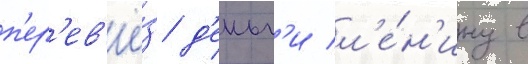
п'ер'ев'ё́з д'еньг'и л'е́н'ину в